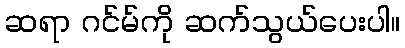
ဆရာ ဂင်မ်ကို ဆက်သွယ်ပေးပါ။